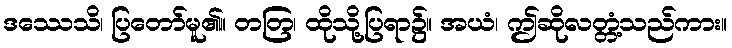
ဒဿေသိ၊ ပြတော်မူ၏။ တတြ၊ ထိုသို့ပြရာ၌။ အယံ၊ ဤဆိုလတ္တံ့သည်ကား။